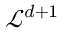
\mathcal { L } ^ { d + 1 }